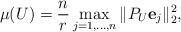
LaTeX: \begin{align*}\mu(U) =\frac{n}{r} \max_{j=1,\hdots,n} \|P_U \mathbf{e}_j\|_2^2,\end{align*}